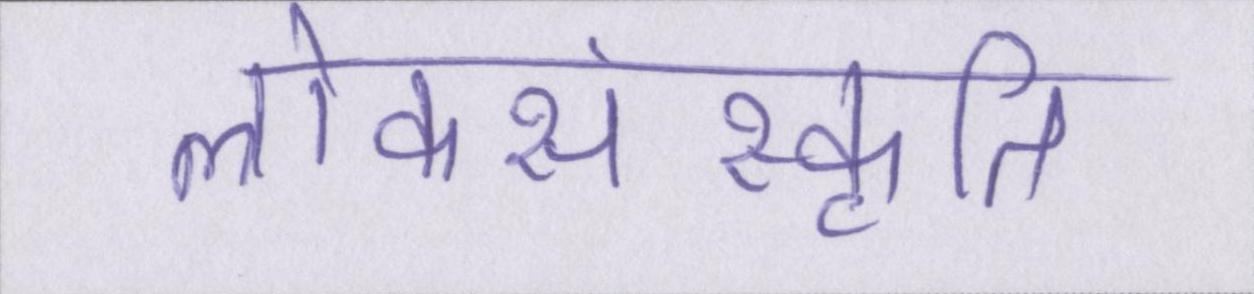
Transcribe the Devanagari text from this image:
लोकसंस्कृति